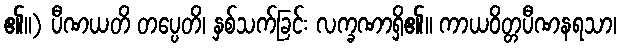
၏။) ပီဏယတိ တပ္ပေတိ၊ နှစ်သက်ခြင်း လက္ခဏာရှိ၏။ ကာယဝိတ္တပီဏနရသာ၊